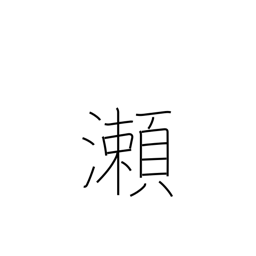
Meaning: shallows